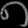
Digit: ၈